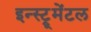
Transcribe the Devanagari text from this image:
इन्स्ट्रूमेंटल